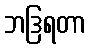
ဘဒြရတာ